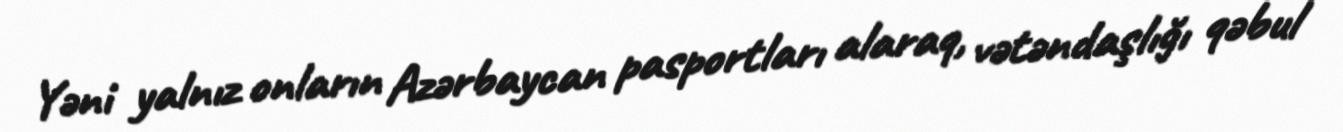
Yəni yalnız onların Azərbaycan pasportları alaraq, vətəndaşlığı qəbul